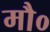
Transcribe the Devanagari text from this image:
मौ०